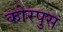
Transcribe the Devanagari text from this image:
कोरपुस